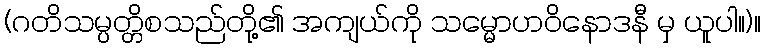
(ဂတိသမ္ပတ္တိစသည်တို့၏ အကျယ်ကို သမ္မောဟဝိနောဒနီ မှ ယူပါ။)။